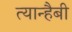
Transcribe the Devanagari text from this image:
त्यान्हैबी